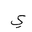
Letter: _ya